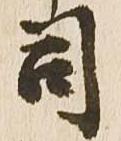
司